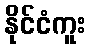
နိုင်ငံကူး